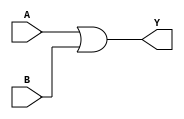
module OR2(
  input A, B,
  output Y
);
  assign Y = A | B;
endmodule